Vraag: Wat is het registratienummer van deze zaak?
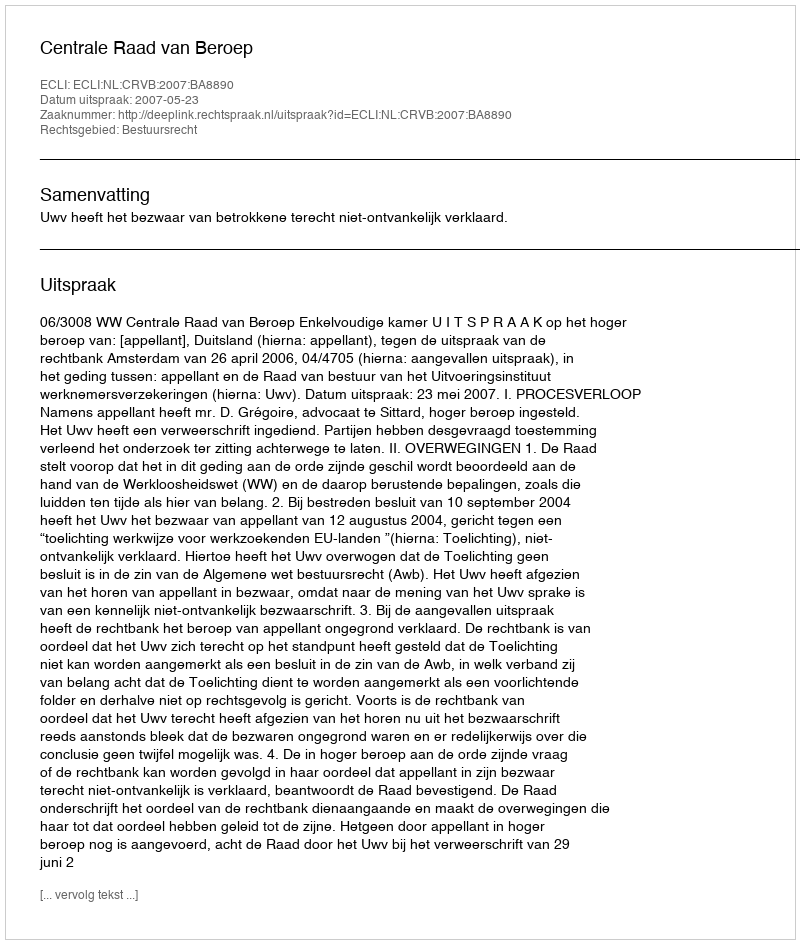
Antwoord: http://deeplink.rechtspraak.nl/uitspraak?id=ECLI:NL:CRVB:2007:BA8890